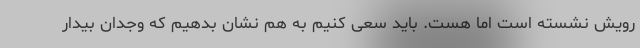
رویش نشسته است اما هست. باید سعی کنیم به هم نشان بدهیم که وجدان بیدار